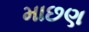
માછણ